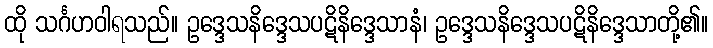
ထို သင်္ဂဟဝါရသည်။ ဥဒ္ဒေသနိဒ္ဒေသပဋိနိဒ္ဒေသာနံ၊ ဥဒ္ဒေသနိဒ္ဒေသပဋိနိဒ္ဒေသာတို့၏။